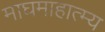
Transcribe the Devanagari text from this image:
माघमाहात्म्य